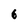
Character: 6